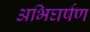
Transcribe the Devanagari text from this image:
अभिघर्षण